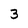
Character: 3